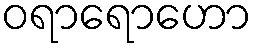
ဝရာရောဟော